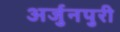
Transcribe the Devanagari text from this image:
अर्जुनपुरी